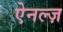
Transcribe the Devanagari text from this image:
ऐनल्ज़